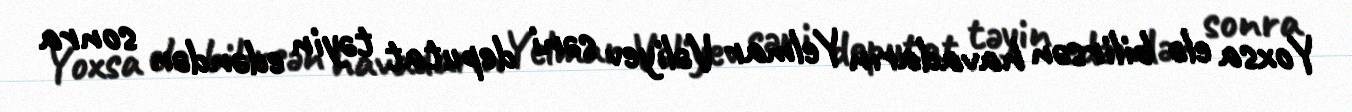
Yoxsa elə bilirsən havadarın Yelmar Vəliyev səni deputat təyin edəndən sonra